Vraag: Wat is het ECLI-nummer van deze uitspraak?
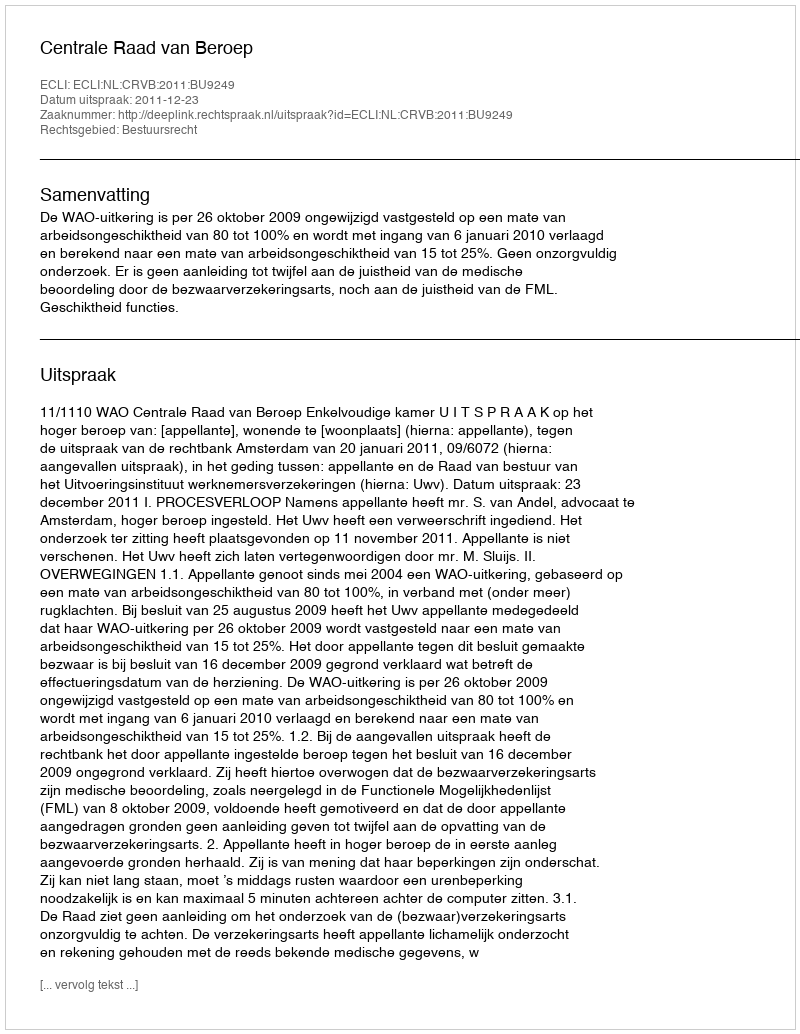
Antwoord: ECLI:NL:CRVB:2011:BU9249